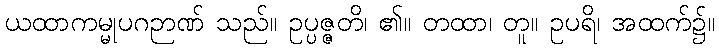
ယထာကမ္မုပဂဉာဏ် သည်။ ဥပ္ပဇ္ဇတိ၊ ၏။ တထာ၊ တူ။ ဥပရိ၊ အထက်၌။